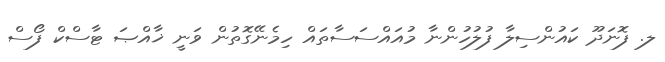
ލ. ފޮނަދޫ ކައުންސިލާ ފުލުހުންނާ މުއައްސަސާތައް ހިމެނޭގޮތުން ވަނީ ޚާއްޞަ ޓާސްކް ފޯސް